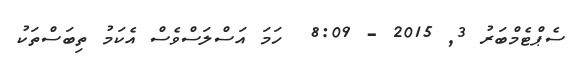
ސެޕްޓެމްބަރު 3